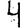
Digit: 4